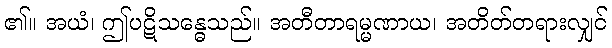
၏။ အယံ၊ ဤပဋိသန္ဓေသည်။ အတီတာရမ္မဏာယ၊ အတိတ်တရားလျှင်